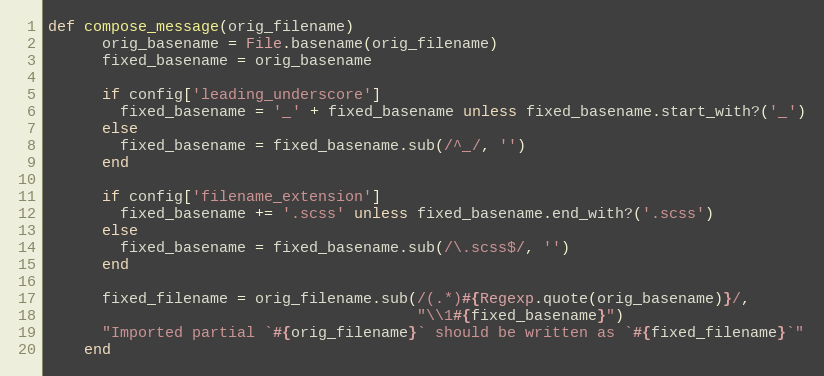
Language: Ruby
def compose_message(orig_filename)
      orig_basename = File.basename(orig_filename)
      fixed_basename = orig_basename

      if config['leading_underscore']
        fixed_basename = '_' + fixed_basename unless fixed_basename.start_with?('_')
      else
        fixed_basename = fixed_basename.sub(/^_/, '')
      end

      if config['filename_extension']
        fixed_basename += '.scss' unless fixed_basename.end_with?('.scss')
      else
        fixed_basename = fixed_basename.sub(/\.scss$/, '')
      end

      fixed_filename = orig_filename.sub(/(.*)#{Regexp.quote(orig_basename)}/,
                                         "\\1#{fixed_basename}")
      "Imported partial `#{orig_filename}` should be written as `#{fixed_filename}`"
    end